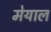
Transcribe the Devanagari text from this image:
मेयाल